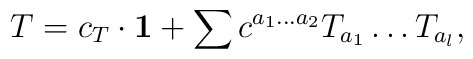
T=c_T\cdot{\bf 1} + \sum c^{a_{1}\dots a_{2}} T_{a_{1}}\dots T_{a_{l}},